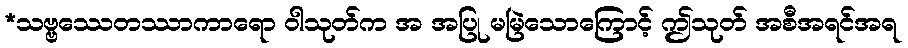
*သဗ္ဗဿေတဿာကာရော ဝါသုတ်က အ အပြု မမြဲသောကြောင့် ဤသုတ် အစီအရင်အရ